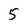
Character: 5